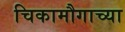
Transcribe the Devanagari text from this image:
चिकामौगाच्या